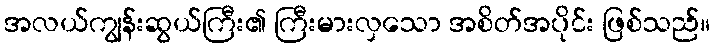
အလယ်ကျွန်းဆွယ်ကြီး၏ ကြီးမားလှသော အစိတ်အပိုင်း ဖြစ်သည်။